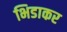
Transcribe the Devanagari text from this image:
भिडाकर